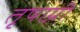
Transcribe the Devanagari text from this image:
तृषाग्नी